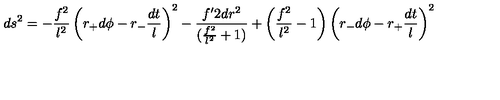
d s ^ { 2 } = - \frac { f ^ { 2 } } { l ^ { 2 } } \left( r _ { + } d \phi - r _ { - } \frac { d t } { l } \right) ^ { 2 } - \frac { f { ' 2 } d r ^ { 2 } } { ( \frac { f ^ { 2 } } { l ^ { 2 } } + 1 ) } + \left( \frac { f ^ { 2 } } { l ^ { 2 } } - 1 \right) \left( r _ { - } d \phi - r _ { + } \frac { d t } { l } \right) ^ { 2 }